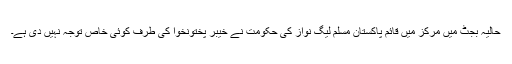
حالیہ بجٹ میں مرکز میں قائم پاکستان مسلم لیگ نواز کی حکومت نے خیبر پختونخوا کی طرف کوئی خاص توجہ نہیں دی ہے۔